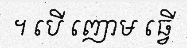
។ បើ ញោម ធ្វើ